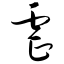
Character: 虐